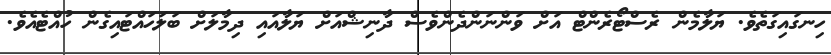
ހިނގައިގަތެވެ. ޔަލާމެން ރެސްޓޯރެންޓް އަށްް ވަންނަންދެންވެސް ދާނިޝްއަށް ޔަލާއައި ދިމާލަށް ބަލަހައްޓައިގެން ހުއްޓެއެވެ.